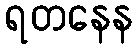
ရတနေန